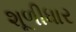
શૂળીધાર